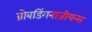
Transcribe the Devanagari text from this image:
ब्रोबडिंगनाजीयन्स